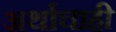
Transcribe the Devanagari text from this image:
अर्थाचाही